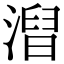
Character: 𣻥